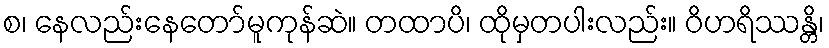
စ၊ နေလည်းနေတော်မူကုန်ဆဲ။ တထာပိ၊ ထိုမှတပါးလည်း။ ဝိဟရိဿန္တိ၊